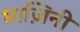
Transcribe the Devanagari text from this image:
माज़िनी